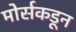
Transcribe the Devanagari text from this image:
मोर्सकडून